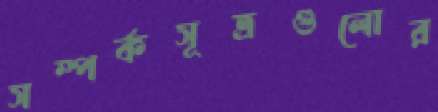
সম্পর্কসূত্রগুলোর